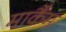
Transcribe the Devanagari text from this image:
मार्कैंम